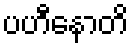
ပဟီနောတိ